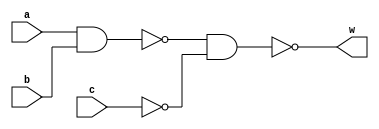
`timescale 1ns/1ns
module AO2(input a,b,c,output w);
  wire i,j;
  not #(5,7) G2(j,c);
  nand #(10,8) G1(i,a,b);
  nand #(10,8) G3(w,i,j);
endmodule